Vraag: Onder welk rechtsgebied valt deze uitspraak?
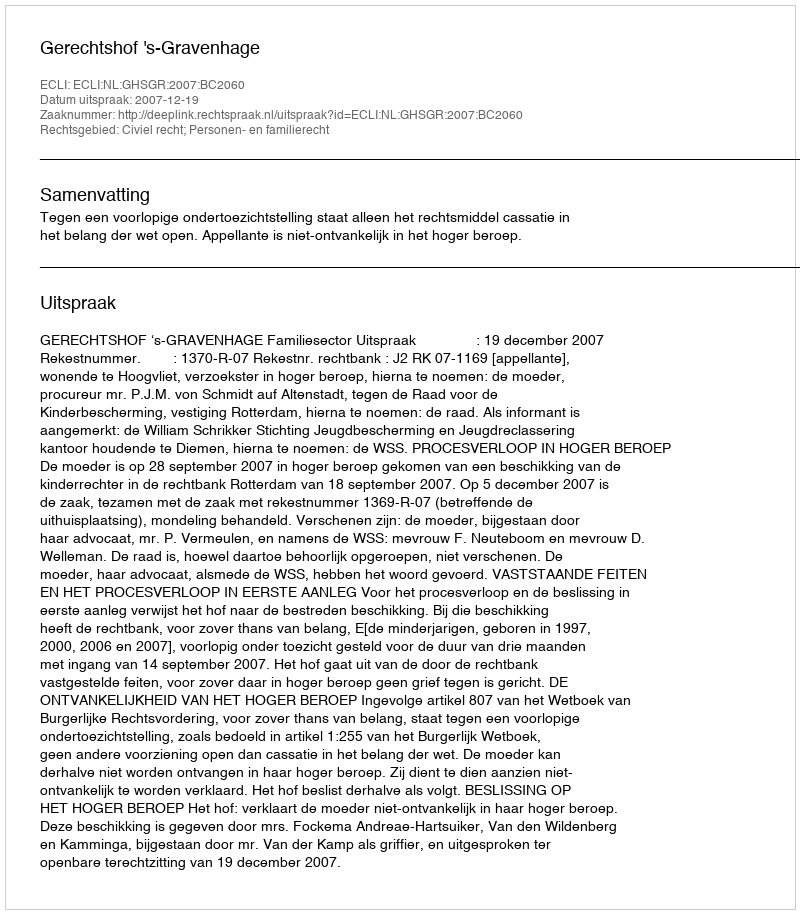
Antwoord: Civiel recht; Personen- en familierecht